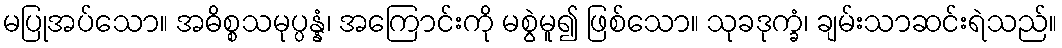
မပြုအပ်သော။ အဓိစ္စသမုပ္ပန္နံ၊ အကြောင်းကို မစွဲမူ၍ ဖြစ်သော။ သုခဒုက္ခံ၊ ချမ်းသာဆင်းရဲသည်။